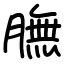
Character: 膴